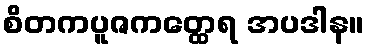
စိတကပူဇကတ္ထေရ အပဒါန။